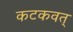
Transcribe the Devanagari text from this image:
कटकवत्